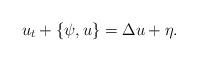
LaTeX: \begin{align*}u_t + \{ \psi, u \} =\Delta u + \eta.\end{align*}